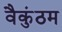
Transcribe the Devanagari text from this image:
वैकुंठम